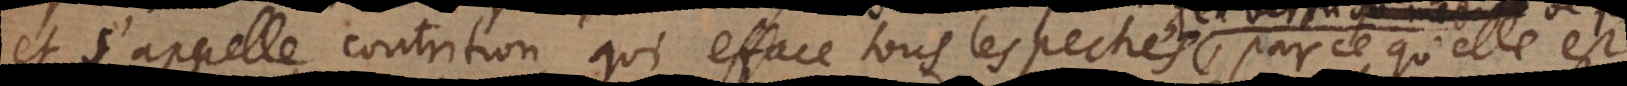
et s’appelle contrition, qui efface tous les pechés, parce qu’elle est